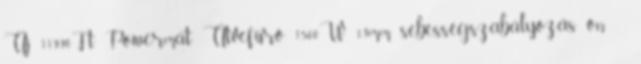
Új 11990Ft Powermat Ütvefúró 1500W 13mm sebességszabályozás on